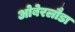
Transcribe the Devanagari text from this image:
ओबेरलौडा